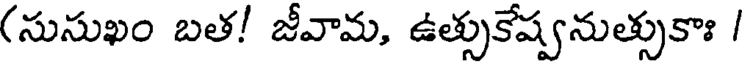
(సుసుఖం బత! జీవామ, ఉత్సుకేష్వనుత్సుకాః /